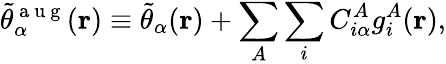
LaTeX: \tilde{\theta}_{\alpha}^{\mathrm{~a~u~g~}}(\mathbf{r})\equiv\tilde{\theta}_{\alpha}(\mathbf{r})+\sum_{A}\sum_{i}C_{i\alpha}^{A}g_{i}^{A}(\mathbf{r}),